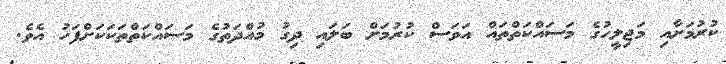
ކުރުމަށާއި މަޖިލީހުގެ މަސައްކަތްތައް އަވަސް ކުރުމަށް ބަލައި ދިގު މުއްދަތުގެ މަސައްކަތްތަކަކަށްފަހު އެވެ.